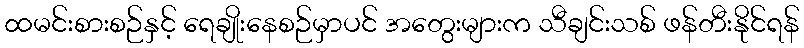
ထမင်းစားစဉ်နှင့် ရေချိုးနေစဉ်မှာပင် အတွေးများက သီချင်းသစ် ဖန်တီးနိုင်ရန်